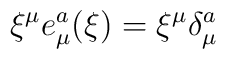
\xi^\mu e^{a}_\mu(\xi)=\xi^\mu \delta^a_\mu